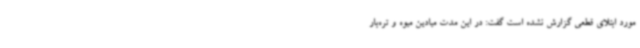
مورد ابتلای قطعی گزارش نشده است گفت: در این مدت میادین میوه و تره‌بار